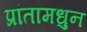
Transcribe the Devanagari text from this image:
प्रांतामधुन